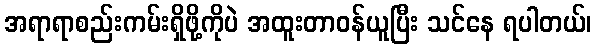
အရာရာစည်းကမ်းရှိဖို့ကိုပဲ အထူးတာဝန်ယူပြီး သင်နေ ရပါတယ်၊